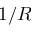
1 / R